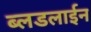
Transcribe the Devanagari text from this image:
ब्लडलाईन